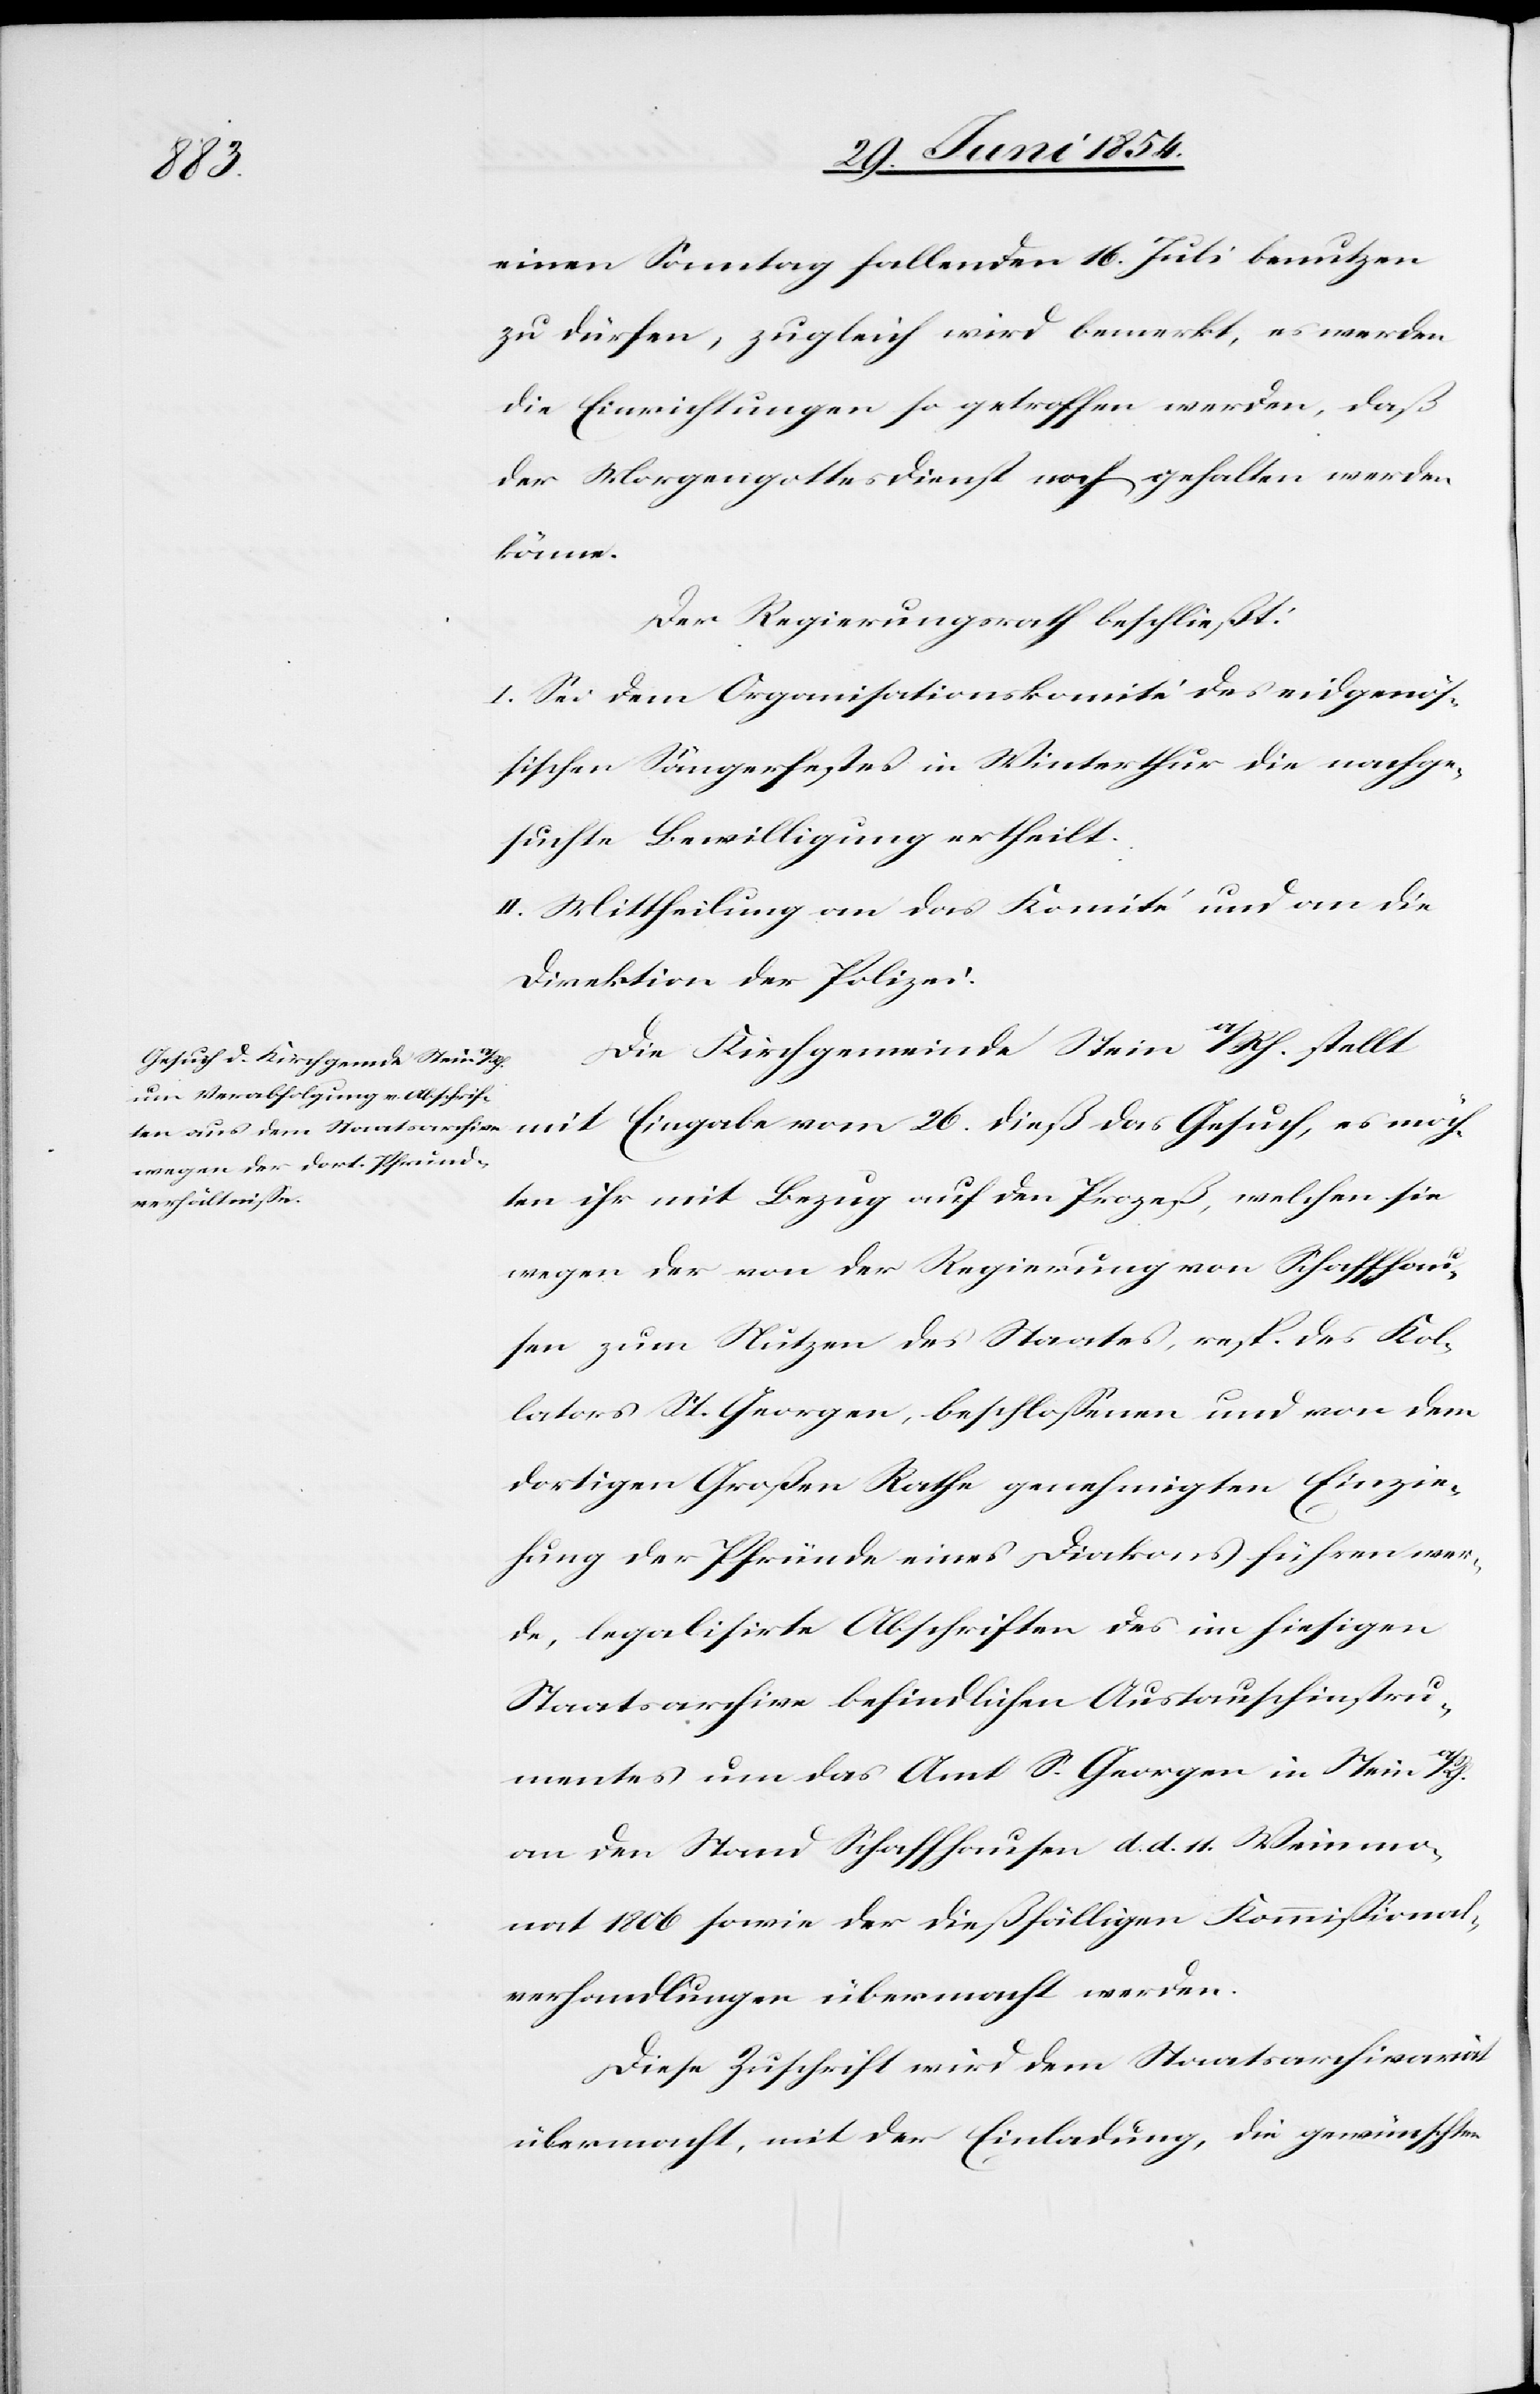
den
gehalten wer¬

einen Sonntag fallenden 16. Juli benutzen
zu dürfen, zugleich wird bemerkt, es werden
die Einrichtungen so getroffen, daß der
könne.
Der Regierungsrath beschließt:
I. Sei dem Organisationskomité des eidgenöß¬
ischen Sängerfestes in Winterthur die nachge¬
suchte Bewilligung ertheilt.
II. Mittheilung an das Komité und an die
Direktion der Polizei.
Die Kirchgemeinde Stein a/Rh. stellt
mit Eingabe vom 26. dieß das Gesuch, es möch¬
te ihr mit Bezug auf den Prozeß, welchen sie
wegen der von der Regierung von Schaffhau¬
sen zum Nutzen des Staates, resp. des Kol¬
lators St. Georgen, beschloßenen und von dem
dortigen Großen Rathe genehmigten Einzie¬
hung der Pfründe eines Diakons führen wer¬
de, legalisirte Abschriften des im hiesigen
Staatsarchive befindlichen Austauschinstru¬
mentes um das Amt S. Georgen in Stein a/Rh.
an den Stand Schaffhausen d. d. 11. Weinmo¬
nat 1806 sowie der dießfälligen Kommißional¬
verhandlungen übermacht werden.
Diese Zuschrift wird dem Staatsarchivariat
übermacht, mit der Einladung, die gewünschten